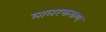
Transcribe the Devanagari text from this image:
लालरक्तकण